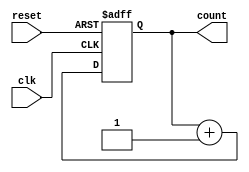
module async_reset_sync_counter #(
    parameter N = 4   // Parameter for bit width (default is 4 bits)
)(
    input wire clk,    // Clock signal
    input wire reset,  // Asynchronous reset signal (active high)
    output reg [N-1:0] count // N-bit counter output
);

// Always block for asynchronous reset and synchronous counting
always @(posedge clk or posedge reset) begin
    if (reset) begin
        count <= 0; // Reset counter to zero when reset is high
    end else begin
        count <= count + 1; // Increment counter on the rising edge of clk
    end
end

endmodule